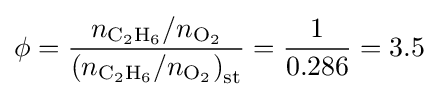
\phi ={\frac {n_{{\ce {C2H6}}}/n_{{\ce {O2}}}}{\left(n_{{\ce {C2H6}}}/n_{{\ce {O2}}}\right)_{\text{st}}}}={\frac {1}{0.286}}=3.5